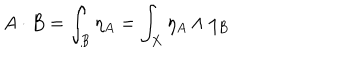
A \cdot B = \int _ { B } \eta _ { A } = \int _ { X } \eta _ { A } \wedge \eta _ { B }